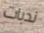
ندبات